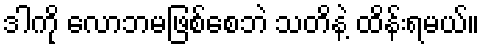
ဒါကို လောဘမဖြစ်စေဘဲ သတိနဲ့ ထိန်းရမယ်။